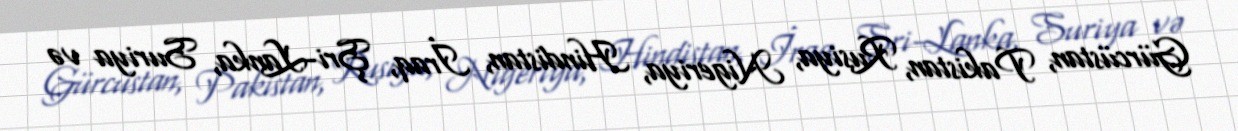
Gürcüstan, Pakistan, Rusiya, Nigeriya, Hindistan, İraq, Şri-Lanka, Suriya və